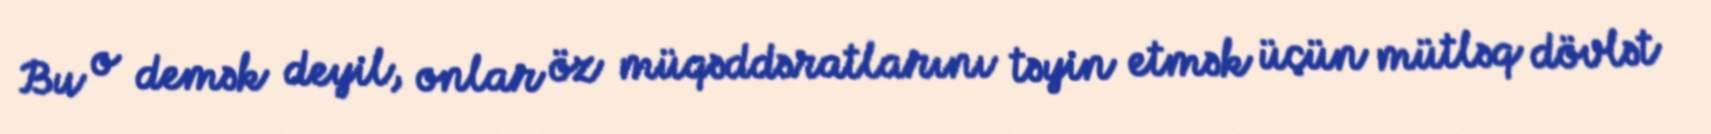
Bu o demək deyil, onlar öz müqəddəratlarını təyin etmək üçün mütləq dövlət